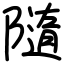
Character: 隨